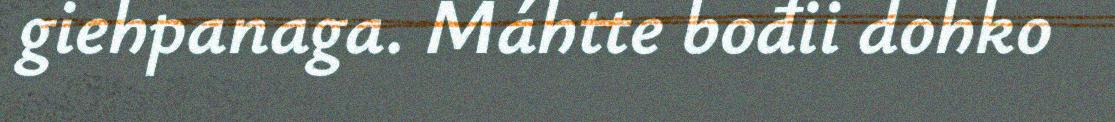
giehpanaga. Máhtte bođii dohko